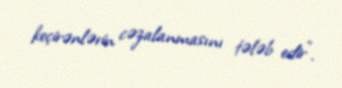
keçirənlərin cəzalanmasını tələb edir”.